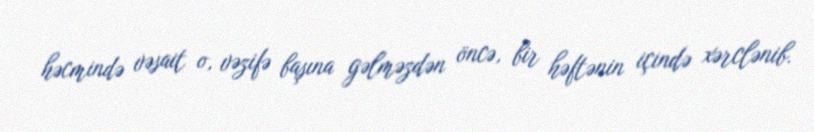
həcmində vəsait o, vəzifə başına gəlməzdən öncə, bir həftənin içində xərclənib.